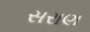
સરાણ